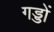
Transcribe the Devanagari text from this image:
गड्डों